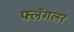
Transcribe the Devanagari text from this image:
फ्लॅगलर